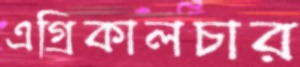
এগ্রিকালচার